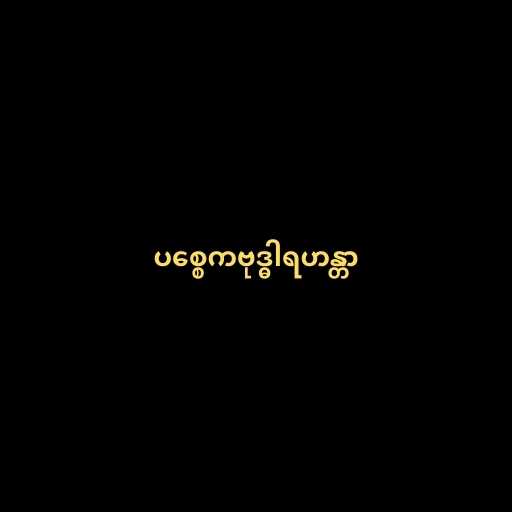
ပစ္စေကဗုဒ္ဓါရဟန္တာ